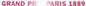
GRAND P PARIS 1889